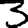
Digit: 3